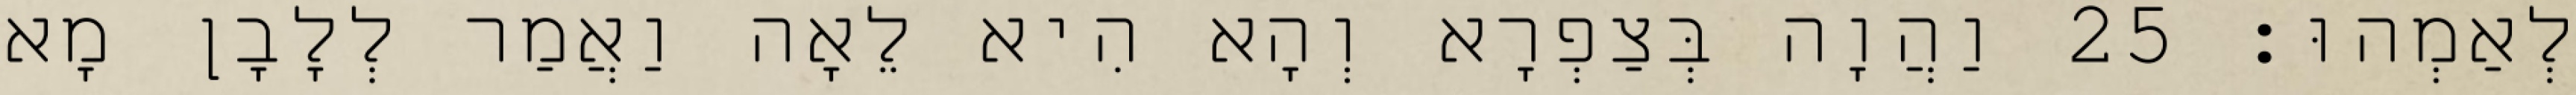
לְאַמְהוּ׃ 25 וַהֲוָה בְּצַפְרָא וְהָא הִיא לֵאָה וַאֲמַר לְלָבָן מָא